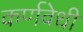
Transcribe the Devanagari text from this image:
कर्णवेधी